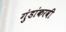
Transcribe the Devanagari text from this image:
गुंडांकरवी